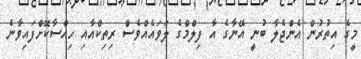
މީގެ އިތުރުން އެންޖެލާ ބުނީ އޭނާގެ އާ ފިލްމްގެ ލަވައެއްވެސް ރިތިކްއާއި ހިއްސާކޮށްފައިވާނެ